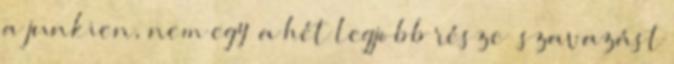
a junkien, nem egy “a hét legjobb része” szavazást